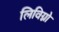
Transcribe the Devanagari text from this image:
लिविग्नो